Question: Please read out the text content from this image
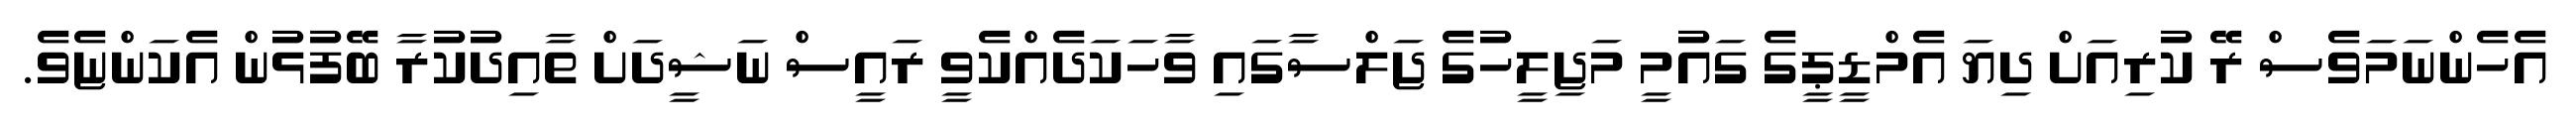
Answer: އެހެންނަމަވެސް ރޭ ކުރިއަށް ދިޔަ އެމްޑީޕީގެ ގައުމީ މަޖިލީހުގެ ޖަލްސާގައި ވާހަކަދެއްކެވީ ރައީސް ނަޝީދަށް ތާއިދުކުރާ ބޭފުޅުން އެކަންޏެވެ.